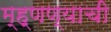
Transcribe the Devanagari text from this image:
म्ह्णण्याची